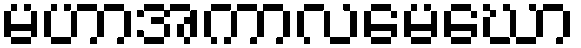
မဟာအကာလမေဃော